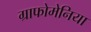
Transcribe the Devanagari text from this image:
ग्राफोमेनिया